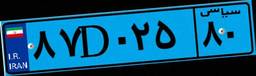
۸۷D۰۲۵۸۰